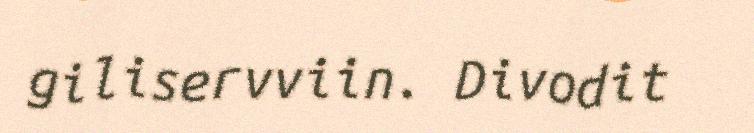
giliservviin. Divodit